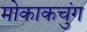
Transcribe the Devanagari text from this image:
मोकाकचुंग